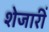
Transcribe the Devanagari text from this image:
शेजारीं